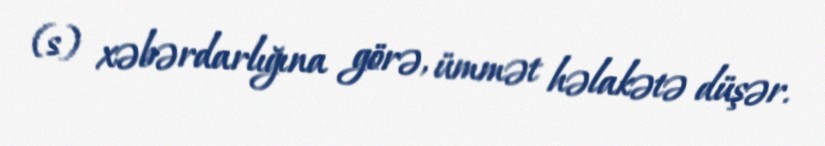
(s) xəbərdarlığına görə, ümmət həlakətə düşər.